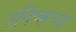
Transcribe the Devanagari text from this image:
तनिष्कच्या